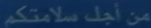
من_أجل_سلامتكم